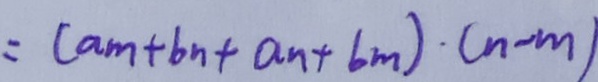
= ( a m + b _ { n } + a _ { n } + b m ) \cdot ( n - m )